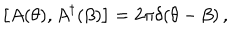
LaTeX: \left[ A ( \theta ) , A ^ { \dagger } ( \beta ) \right] = 2 \pi \delta ( \theta - \beta ) \, ,